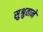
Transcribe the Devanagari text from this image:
सुश्रुताने